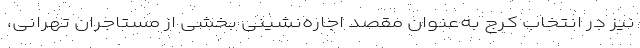
نیز در انتخاب کرج به‌عنوان مقصد اجاره‌‌نشینی بخشی از مستاجران تهرانی،